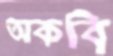
অকবি